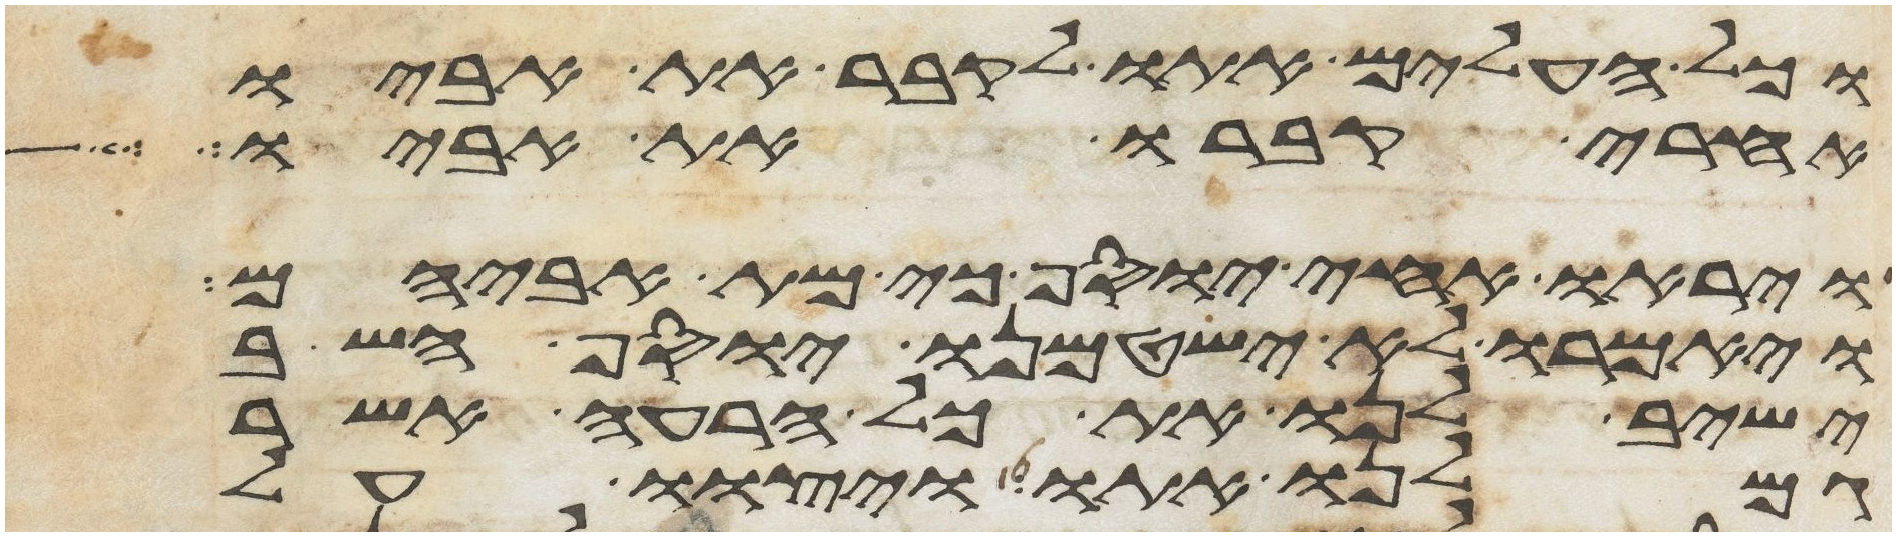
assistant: וכל העלים אתו לקבר את אביו
אחרי קברו את אביו
ויראו אחי יוסף כי מת אביהם
ויאמרו לא ישטמנו יוסף השב
ישיב לנו את כל הרעה אשר
גמלנו אתו ויצוו על